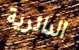
الدائرية